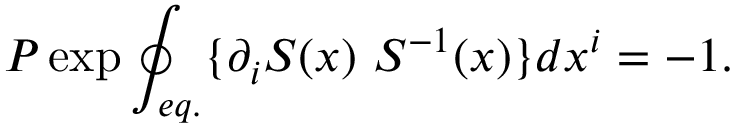
P \exp \oint _ { e q . } \{ \partial _ { i } S ( x ) \ S ^ { - 1 } ( x ) \} d x ^ { i } = - 1 .